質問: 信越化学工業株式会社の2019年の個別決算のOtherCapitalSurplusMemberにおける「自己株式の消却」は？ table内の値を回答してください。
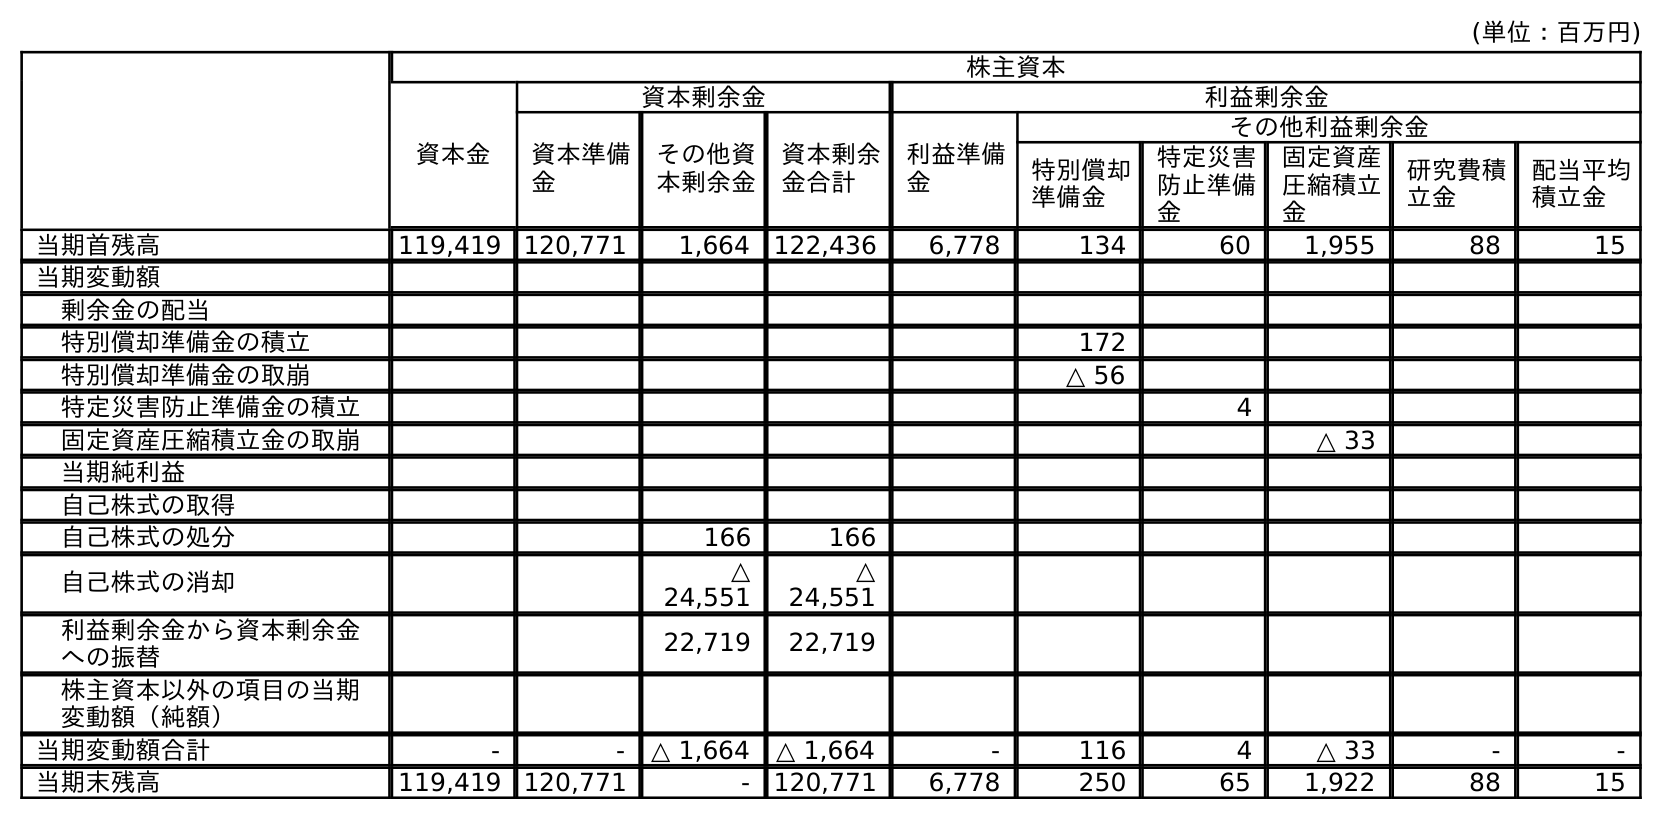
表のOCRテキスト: (単位：百万円) 株主資本 資本金 資本剰余金 利益剰余金 資本準備 金 その他資 本剰余金 資本剰余 金合計 利益準備 金 その他利益剰余金 特別償却 準備金 特定災害 防止準備 金 固定資産 圧縮積立 金 研究費積 立金 配当平均 積立金 当期首残高 119,419 120,771 1,664 122,436 6,778 134 60 1,955 88 15 当期変動額 剰余金の配当 特別償却準備金の積立 172 特別償却準備金の取崩 △ 56 特定災害防止準備金の積立 4 固定資産圧縮積立金の取崩 △ 33 当期純利益 自己株式の取得 自己株式の処分 166 166 自己株式の消却 △ 24,551 △ 24,551 利益剰余金から資本剰余金 への振替 22,719 22,719 株主資本以外の項目の当期 変動額（純額） 当期変動額合計 - - △ 1,664 △ 1,664 - 116 4 △ 33 - - 当期末残高 119,419 120,771 - 120,771 6,778 250 65 1,922 88 15
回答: △24,551